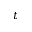
t